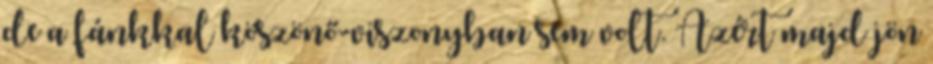
de a fánkkal köszönő-viszonyban sem volt. Azért majd jön